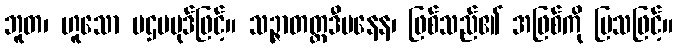
ဘူတ၊ ဟူသော ပဌမပုဒ်ဖြင့်။ သဉ္ဇာတတ္တဒီပနေန၊ ဖြစ်သည်၏ အဖြစ်ကို ပြသဖြင့်။